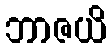
ဘာဇယိ